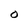
Character: O